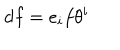
LaTeX: d f = e _ { i } f \theta ^ { i }